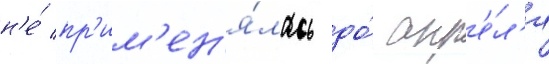
н'е́ пр'им'ен'я́лась до́ апр'е́л'я